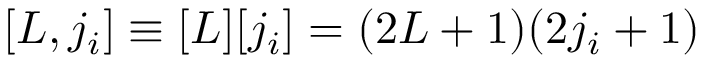
[ L , j _ { i } ] \equiv [ L ] [ j _ { i } ] = ( 2 L + 1 ) ( 2 j _ { i } + 1 )